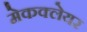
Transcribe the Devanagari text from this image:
मेकक्लेयर